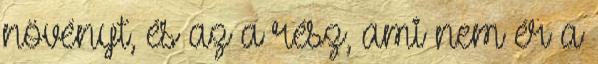
növényt, és az a rész, ami nem ér a